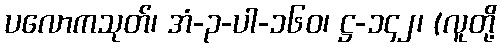
ပလောကသုတ်၊ အံ-၃-ပါ-၁၆၀၊ ဋ္ဌ-၁၄၂၊ (လူတို့